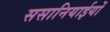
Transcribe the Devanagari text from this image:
ससानियाईयों